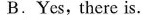
B.Yes, there is.